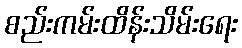
စည်းကမ်းထိန်းသိမ်းရေး